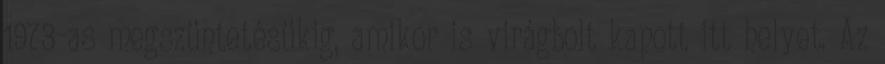
1973-as megszüntetésükig, amikor is virágbolt kapott itt helyet. Az